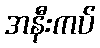
အနီးကပ်